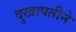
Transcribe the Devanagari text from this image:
दुखापतीने